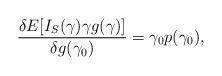
LaTeX: \begin{align*}\frac{\delta E[I_S(\gamma)\gamma g(\gamma)]}{\delta g(\gamma_0)} = \gamma_0p(\gamma_0),\end{align*}